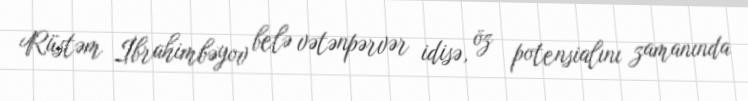
Rüstəm İbrahimbəyov belə vətənpərvər idisə, öz potensialını zamanında